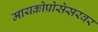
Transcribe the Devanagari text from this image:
मायक्रोप्रोसेसरवर